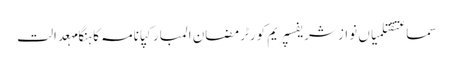
سماعتقتلمیاں نواز شریفسپریم کورٹرمضان المبارکپانامہ کا ہنگامہعدالت